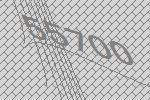
55700